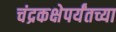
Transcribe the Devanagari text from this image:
चंद्रकक्षेपर्यंतच्या